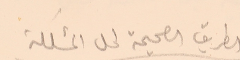
الطريق الصحيحة لحلى المشكلة